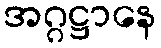
အဂ္ဂဋ္ဌာနေ